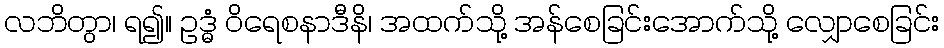
လဘိတွာ၊ ရ၍။ ဥဒ္ဓံ ဝိရေစနာဒီနိ၊ အထက်သို့ အန်စေခြင်းအောက်သို့ လျှောစေခြင်း